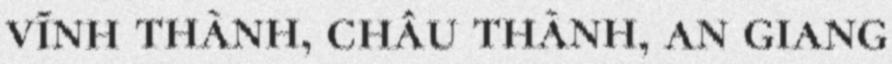
vĩnh thành, châu thành, an giang